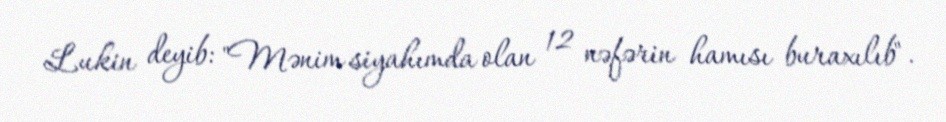
Lukin deyib: "Mənim siyahımda olan 12 nəfərin hamısı buraxılıb".